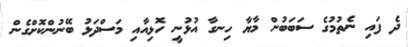
ދެ ފައި ނެތުމުގެ ސަބަބުން މާޔާ ހިނގާ އުޅުނީ ހޮޅިއާއި މަސްދަޅު ބޭނުންކޮށްގެން